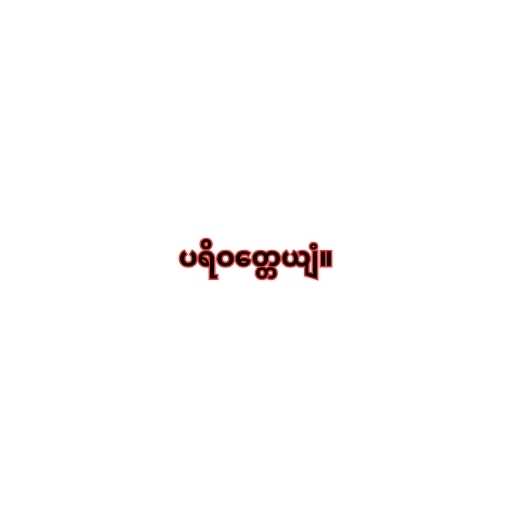
ပရိဝတ္တေယျံ။